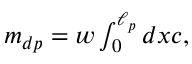
\begin{array} { r } { m _ { d p } = w \int _ { 0 } ^ { \ell _ { p } } d x c , } \end{array}